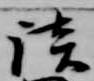
談